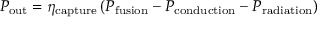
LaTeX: P _ { \mathrm { o u t } } = \eta _ { \mathrm { c a p t u r e } } \left( P _ { \mathrm { f u s i o n } } - P _ { \mathrm { c o n d u c t i o n } } - P _ { \mathrm { r a d i a t i o n } } \right)